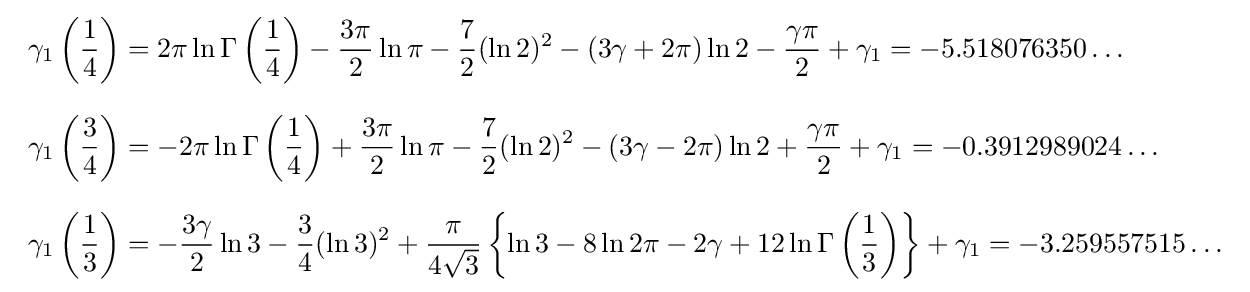
{\begin{array}{l}\displaystyle \gamma _{1}\left({\frac {1}{4}}\right)=2\pi \ln \Gamma \left({\frac {1}{4}}\right)-{\frac {3\pi }{2}}\ln \pi -{\frac {7}{2}}(\ln 2)^{2}-(3\gamma +2\pi )\ln 2-{\frac {\gamma \pi }{2}}+\gamma _{1}=-5.518076350\ldots \\[6mm]\displaystyle \gamma _{1}\left({\frac {3}{4}}\right)=-2\pi \ln \Gamma \left({\frac {1}{4}}\right)+{\frac {3\pi }{2}}\ln \pi -{\frac {7}{2}}(\ln 2)^{2}-(3\gamma -2\pi )\ln 2+{\frac {\gamma \pi }{2}}+\gamma _{1}=-0.3912989024\ldots \\[6mm]\displaystyle \gamma _{1}\left({\frac {1}{3}}\right)=-{\frac {3\gamma }{2}}\ln 3-{\frac {3}{4}}(\ln 3)^{2}+{\frac {\pi }{4{\sqrt {3}}}}\left\{\ln 3-8\ln 2\pi -2\gamma +12\ln \Gamma \left({\frac {1}{3}}\right)\right\}+\gamma _{1}=-3.259557515\ldots \end{array}}